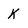
Character: k